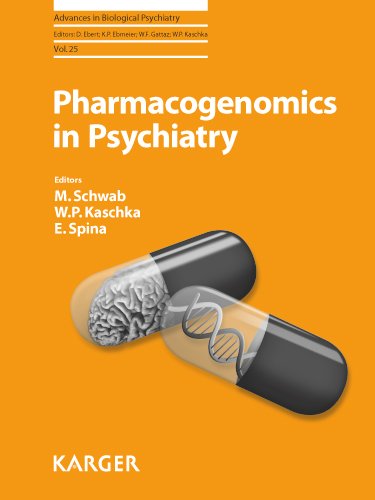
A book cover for Pharmacogenomics in Psychiatry (Advances in Biological Psychiatry, Vol. 25); Science & Math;